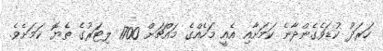
ހަރަދު ކުޑަވެގެންދާނެ ކަމަށާއި އެއީ މަހެއްގެ މައްޗަށް 1700 ލިޓަރުގެ ތެޔޮ ކަމަށެވެެ.